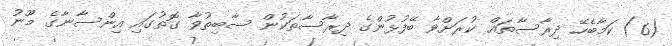
(6) ކަމާބެހޭ ދިރާސާތައް ކުރަށްވާ ބޭފުޅުންގެ ދިރާސާތަކުން ސާބިތުވާ ގޮތުގައި އިންސާނާގެ މޫނު